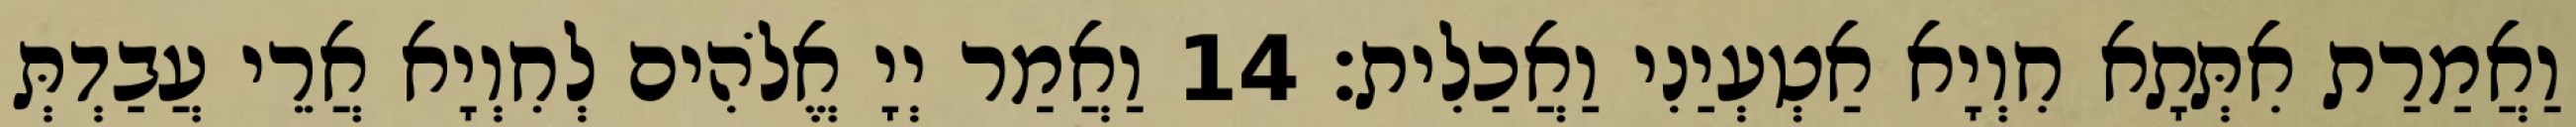
וַאֲמַרַת אִתְּתָא חִוְיָא אַטְעְיַנִי וַאֲכַלִית׃ 14 וַאֲמַר יְיָ אֱלֹהִים לְחִוְיָא אֲרֵי עֲבַדְתְּ